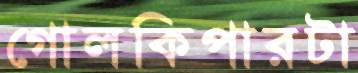
গোলকিপারটা